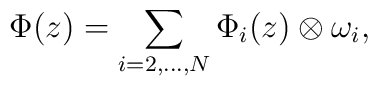
\Phi(z)=\sum_{i=2,...,N} \Phi_i(z) \otimes \omega_i,